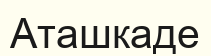
Аташкаде